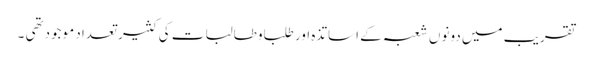
تقریب میں دونوں شعبہ کے اساتذہ اور طلباوطالبات کی کثیر تعداد موجودتھی ۔